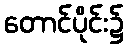
တောင်ပိုင်း၌